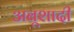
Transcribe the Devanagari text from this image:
अबूशादी